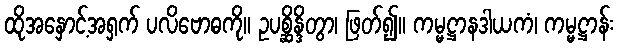
ထိုအနှောင့်အရှက် ပလိဗောဓကို။ ဥပစ္ဆိန္ဒိတွာ၊ ဖြတ်၍။ ကမ္မဋ္ဌာနဒါယကံ၊ ကမ္မဋ္ဌာန်း